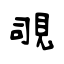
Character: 覗